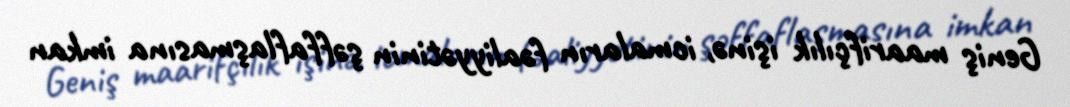
Geniş maarifçılık işinə, icmaların fəaliyyətinin şəffaflaşmasına imkan